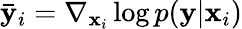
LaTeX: \mathbf{\bar{y}}_{i}=\nabla_{\mathbf{x}_{i}}\log p(\mathbf{y}|\mathbf{x}_{i})